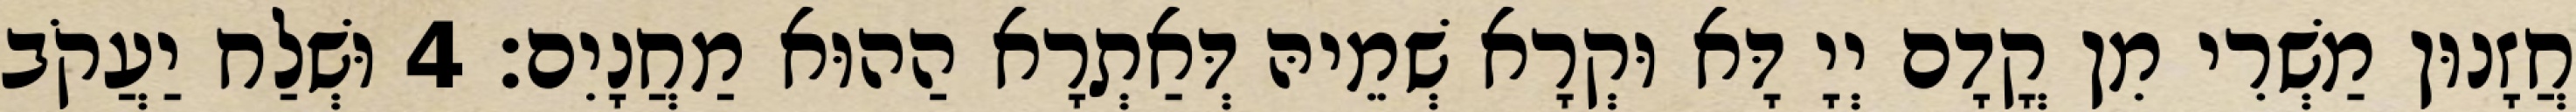
חֲזָנוּן מַשְׁרִי מִן קֳדָם יְיָ דָּא וּקְרָא שְׁמֵיהּ דְּאַתְרָא הַהוּא מַחֲנָיִם׃ 4 וּשְׁלַח יַעֲקֹב